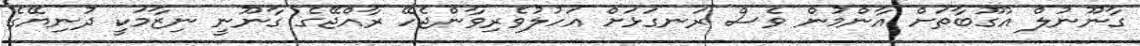
ގާނޫނުލް އުގޫބާތަށް އާންމުން ވެސް ރަނގަޅަށް އަހުލުވެރިވާންޖެހޭ ރާއްޖޭގެ ގާނޫނީ ނިޒާމަކީ ދުނިޔޭގެ